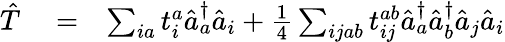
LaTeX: \begin{array}{rlr}{\hat{T}}&{{}=}&{\sum_{ia}t_{i}^{a}\hat{a}_{a}^{\dagger}\hat{a}_{i}+\frac{1}{4}\sum_{ijab}t_{ij}^{ab}\hat{a}_{a}^{\dagger}\hat{a}_{b}^{\dagger}\hat{a}_{j}\hat{a}_{i}}\end{array}